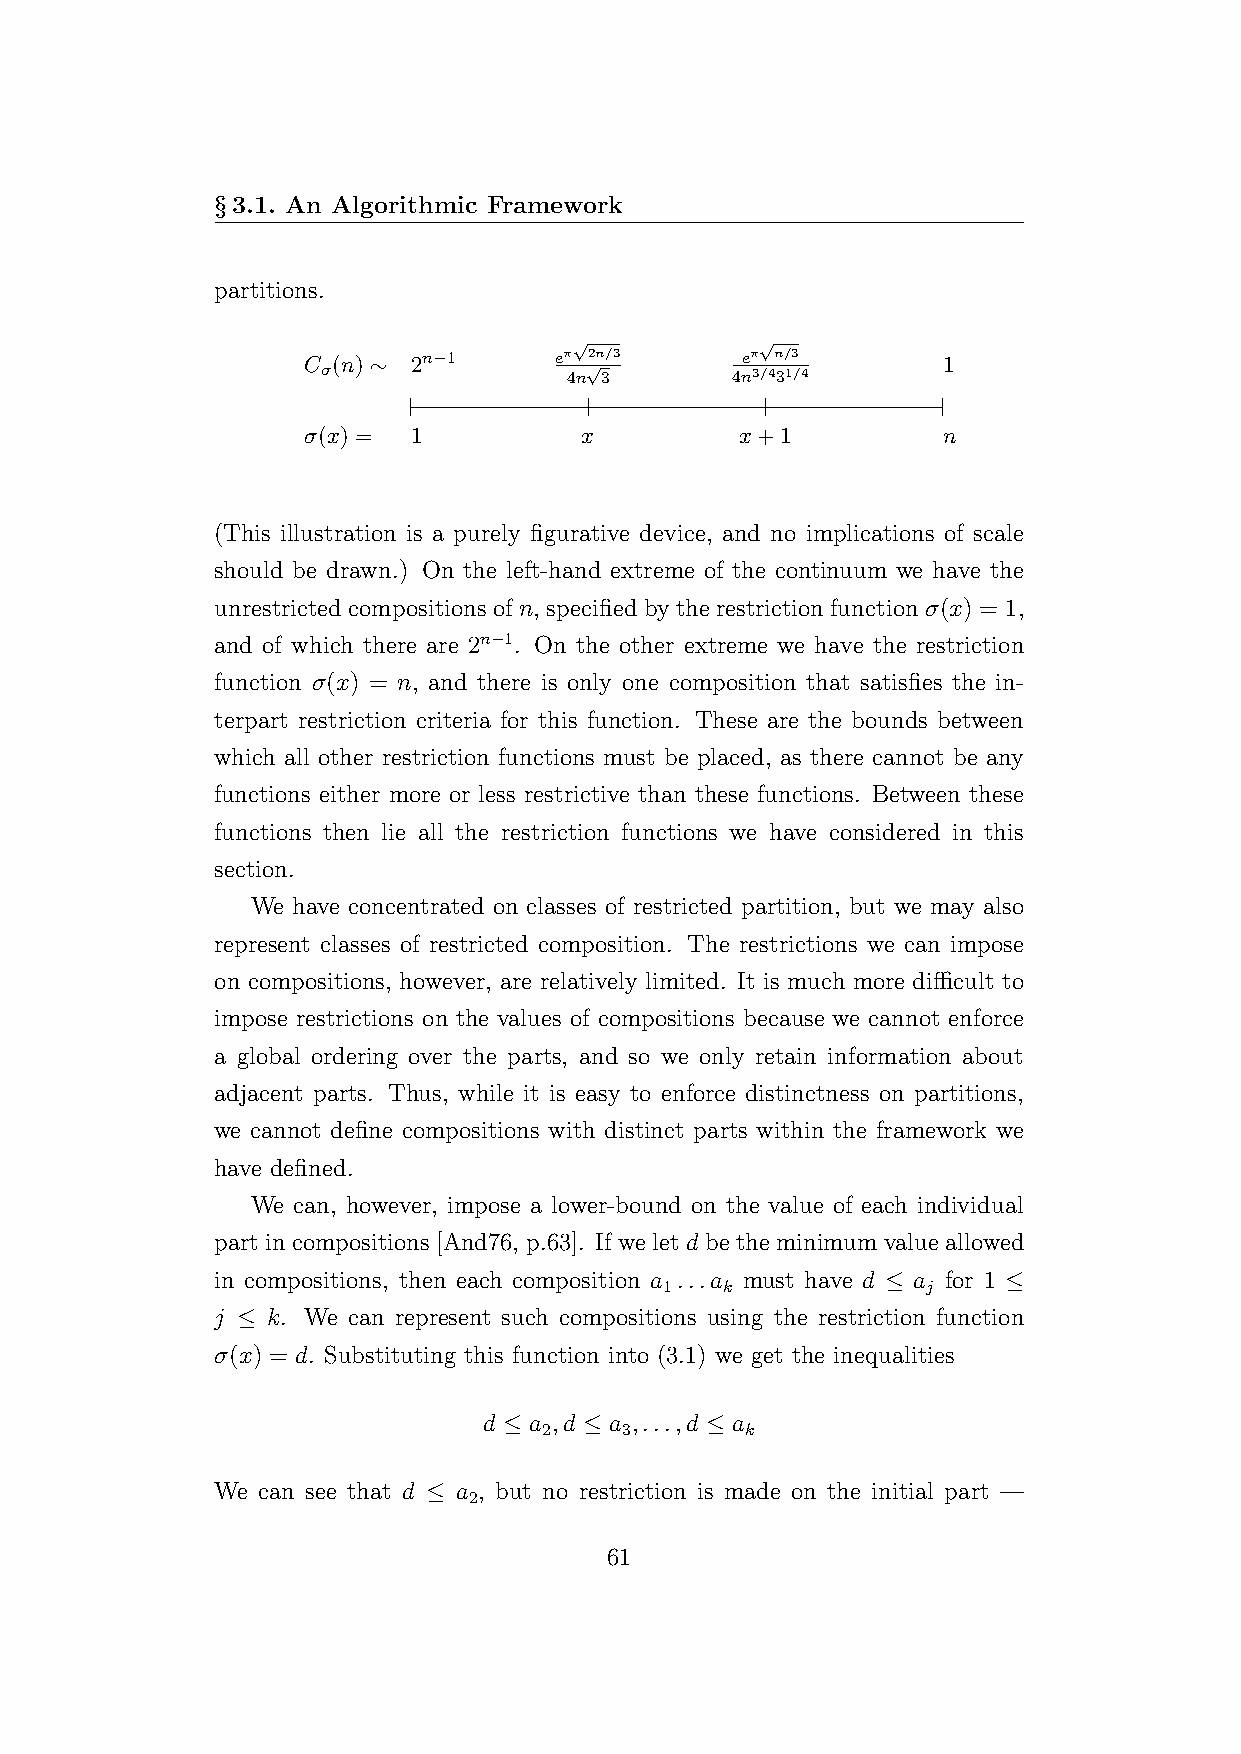
§3.1. An Algorithmic Framework
 partitions.
 √           √
 C σ(n) ∼ 2n−1    eπ 4n√2n 3/3 4neπ 3/4n 3/ 13
 /4
 1
 σ(x) = 1          x          x+1          n
 (This illustration is a purely figurative device, and no implications of scale
 should be drawn.) On the left-hand extreme of the continuum we have the
 unrestricted compositions of n, specified by the restriction function σ(x) = 1,
 and of which there are 2n−1. On the other extreme we have the restriction
 function σ(x) = n, and there is only one composition that satisfies the in-
 terpart restriction criteria for this function. These are the bounds between
 which all other restriction functions must be placed, as there cannot be any
 functions either more or less restrictive than these functions. Between these
 functions then lie all the restriction functions we have considered in this
 section.
 We have concentrated on classes of restricted partition, but we may also
 represent classes of restricted composition. The restrictions we can impose
 on compositions, however, are relatively limited. It is much more difficult to
 impose restrictions on the values of compositions because we cannot enforce
 a global ordering over the parts, and so we only retain information about
 adjacent parts. Thus, while it is easy to enforce distinctness on partitions,
 we cannot define compositions with distinct parts within the framework we
 have defined.
 We can, however, impose a lower-bound on the value of each individual
 part in compositions [And76, p.63]. If we let d be the minimum value allowed
 in compositions, then each composition a ...a must have d ≤ a for 1 ≤
 1   k            j
 j ≤ k. We can represent such compositions using the restriction function
 σ(x) = d. Substituting this function into (3.1) we get the inequalities
 d ≤ a ,d ≤ a ,...,d ≤ a
 2    3       k
 We can see that d ≤ a , but no restriction is made on the initial part —
 2
 61